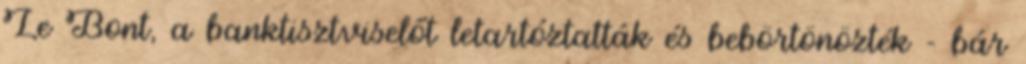
Le Bont, a banktisztviselőt letartóztatták és bebörtönözték - bár